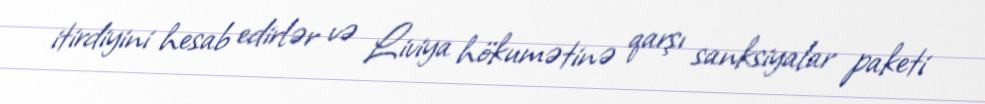
itirdiyini hesab edirlər və Liviya hökumətinə qarşı sanksiyalar paketi